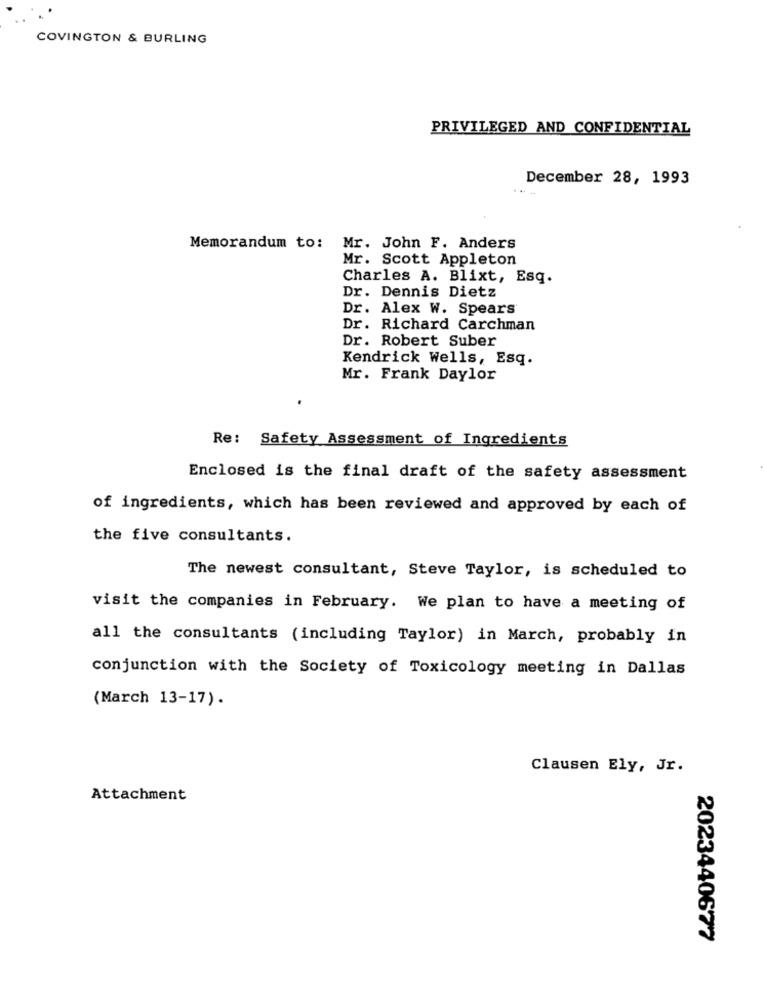
COVINGTON & BURLING
PRIVILEGED AND CONFIDENTIAL
December 28, 1993
Memorandum to: Mr. John F. Anders
Mr. Scott Appleton
Charles A. Blixt, Esq.
Dr. Dennis Dietz
Dr. Alex W. Spears
Dr. Richard Carchman
Dr. Robert Suber
Kendrick Wells, Esq.
Mr. Frank Daylor
Re: Safety Assessment of Ingredients
Enclosed is the final draft of the safety assessment
of ingredients, which has been reviewed and approved by each of
the five consultants.
The newest consultant, Steve Taylor, is scheduled to
visit the companies in February. We plan to have a meeting of
all the consultants (including Taylor) in March, probably in
conjunction with the Society of Toxicology meeting in Dallas
(March 13-17).
Clausen Ely, Jr.
Attachment
2023440677